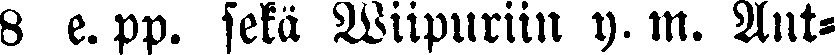
8 e. pp. sekä Wiipuriin y.m. Ant-